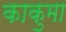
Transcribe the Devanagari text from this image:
काकुमा